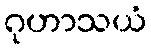
ဂုဟာသယံ